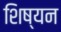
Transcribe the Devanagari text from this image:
शिष्यन